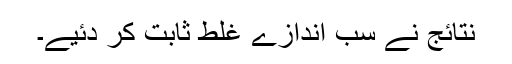
نتائج نے سب اندازے غلط ثابت کر دئیے۔